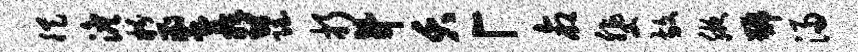
徙澹粉蜜郁隐折升夭「命斐放腋号浸